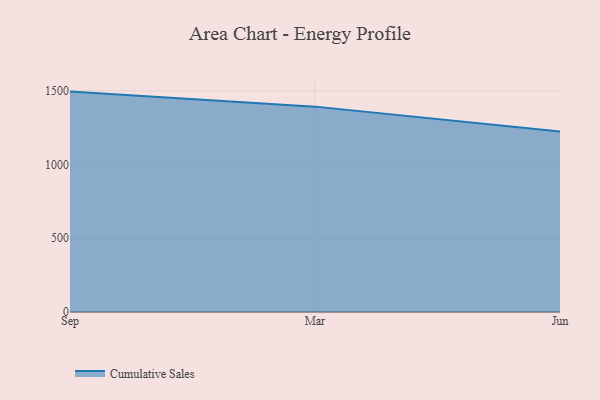
{"axis": {"x": "Month", "y": "Latency (ms)"}, "legend": ["Cumulative Sales"], "data": [{"x": "Sep", "y": 1493.9, "type": "Cumulative Sales"}, {"x": "Mar", "y": 1392.0, "type": "Cumulative Sales"}, {"x": "Jun", "y": 1222.6, "type": "Cumulative Sales"}]}